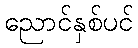
ညောင်နှစ်ပင်